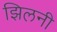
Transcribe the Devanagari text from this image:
झिलनी